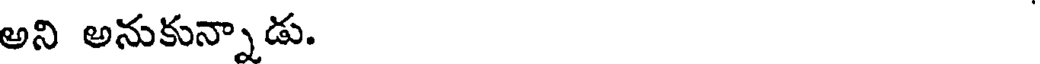
అని అనుకున్నాడు.